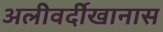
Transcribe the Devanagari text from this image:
अलीवर्दीखानास